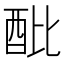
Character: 𨟵